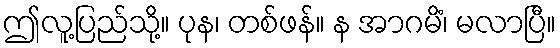
ဤလူ့ပြည်သို့။ ပုန၊ တစ်ဖန်။ န အာဂမိံ၊ မလာပြီ။